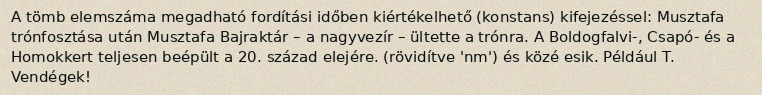
A tömb elemszáma megadható fordítási időben kiértékelhető (konstans) kifejezéssel: Musztafa trónfosztása után Musztafa Bajraktár – a nagyvezír – ültette a trónra. A Boldogfalvi-, Csapó- és a Homokkert teljesen beépült a 20. század elejére. (rövidítve 'nm') és közé esik. Például T. Vendégek!